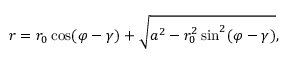
r = r _ { 0 } \cos ( \varphi - \gamma ) + { \sqrt { a ^ { 2 } - r _ { 0 } ^ { 2 } \sin ^ { 2 } ( \varphi - \gamma ) } } ,